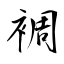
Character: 裯